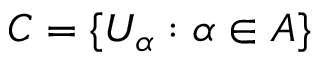
C = \lbrace U _ { \alpha } : \alpha \in A \rbrace